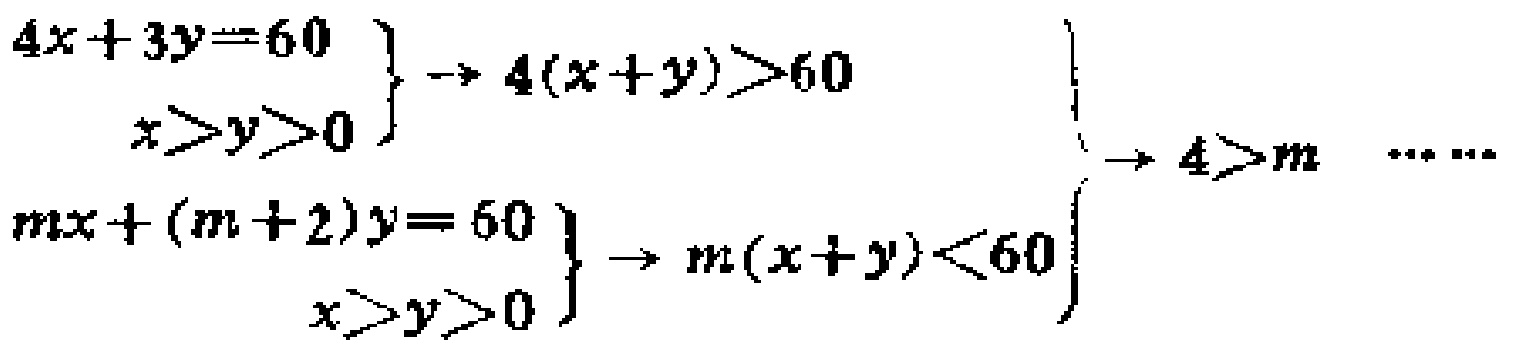
\[
\begin{cases}
4x + 3y = 60 \\
x>y>0
\end{cases}
\rightarrow 4(x + y)>60 \\
\begin{cases}
mx+(m + 2)y = 60 \\
x>y>0
\end{cases}
\rightarrow m(x + y)<60
\left.
\begin{array}{l}
\\
\\
\end{array}
\right\}
\rightarrow 4>m \cdots\cdots
\]